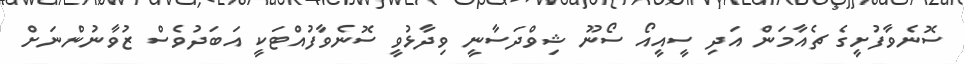
ސޮނެވާފުށީގެ ޗެއާމަން އަދި ސީއީއޯ ސޯނޫ ޝިވްދަސާނީ ވިދާޅުވީ ސޮނެވާފުއްޓަކީ އަބަދުވެސް ޒުވާނުންނަށް